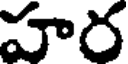
హర